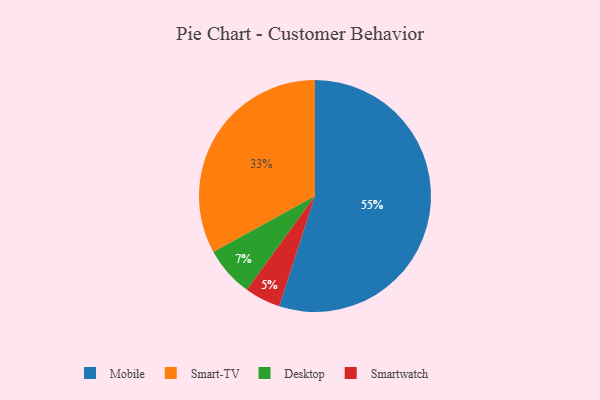
{"axis": {"x": "Category", "y": "Percentage"}, "legend": ["Desktop", "Mobile", "Smart-TV", "Smartwatch"], "data": [{"x": "Desktop", "y": 7, "type": "Desktop"}, {"x": "Smartwatch", "y": 5, "type": "Smartwatch"}, {"x": "Smart-TV", "y": 33, "type": "Smart-TV"}, {"x": "Mobile", "y": 55, "type": "Mobile"}]}